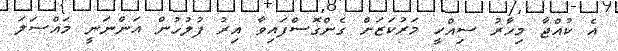
އެ ކުއްޖާ މިހާރު ސިއްހީ މަރުކަޒަށް ގެންގޮސްފައިވާ އިރު ފުލުހުން އަންނަނީ މައްސަލަ